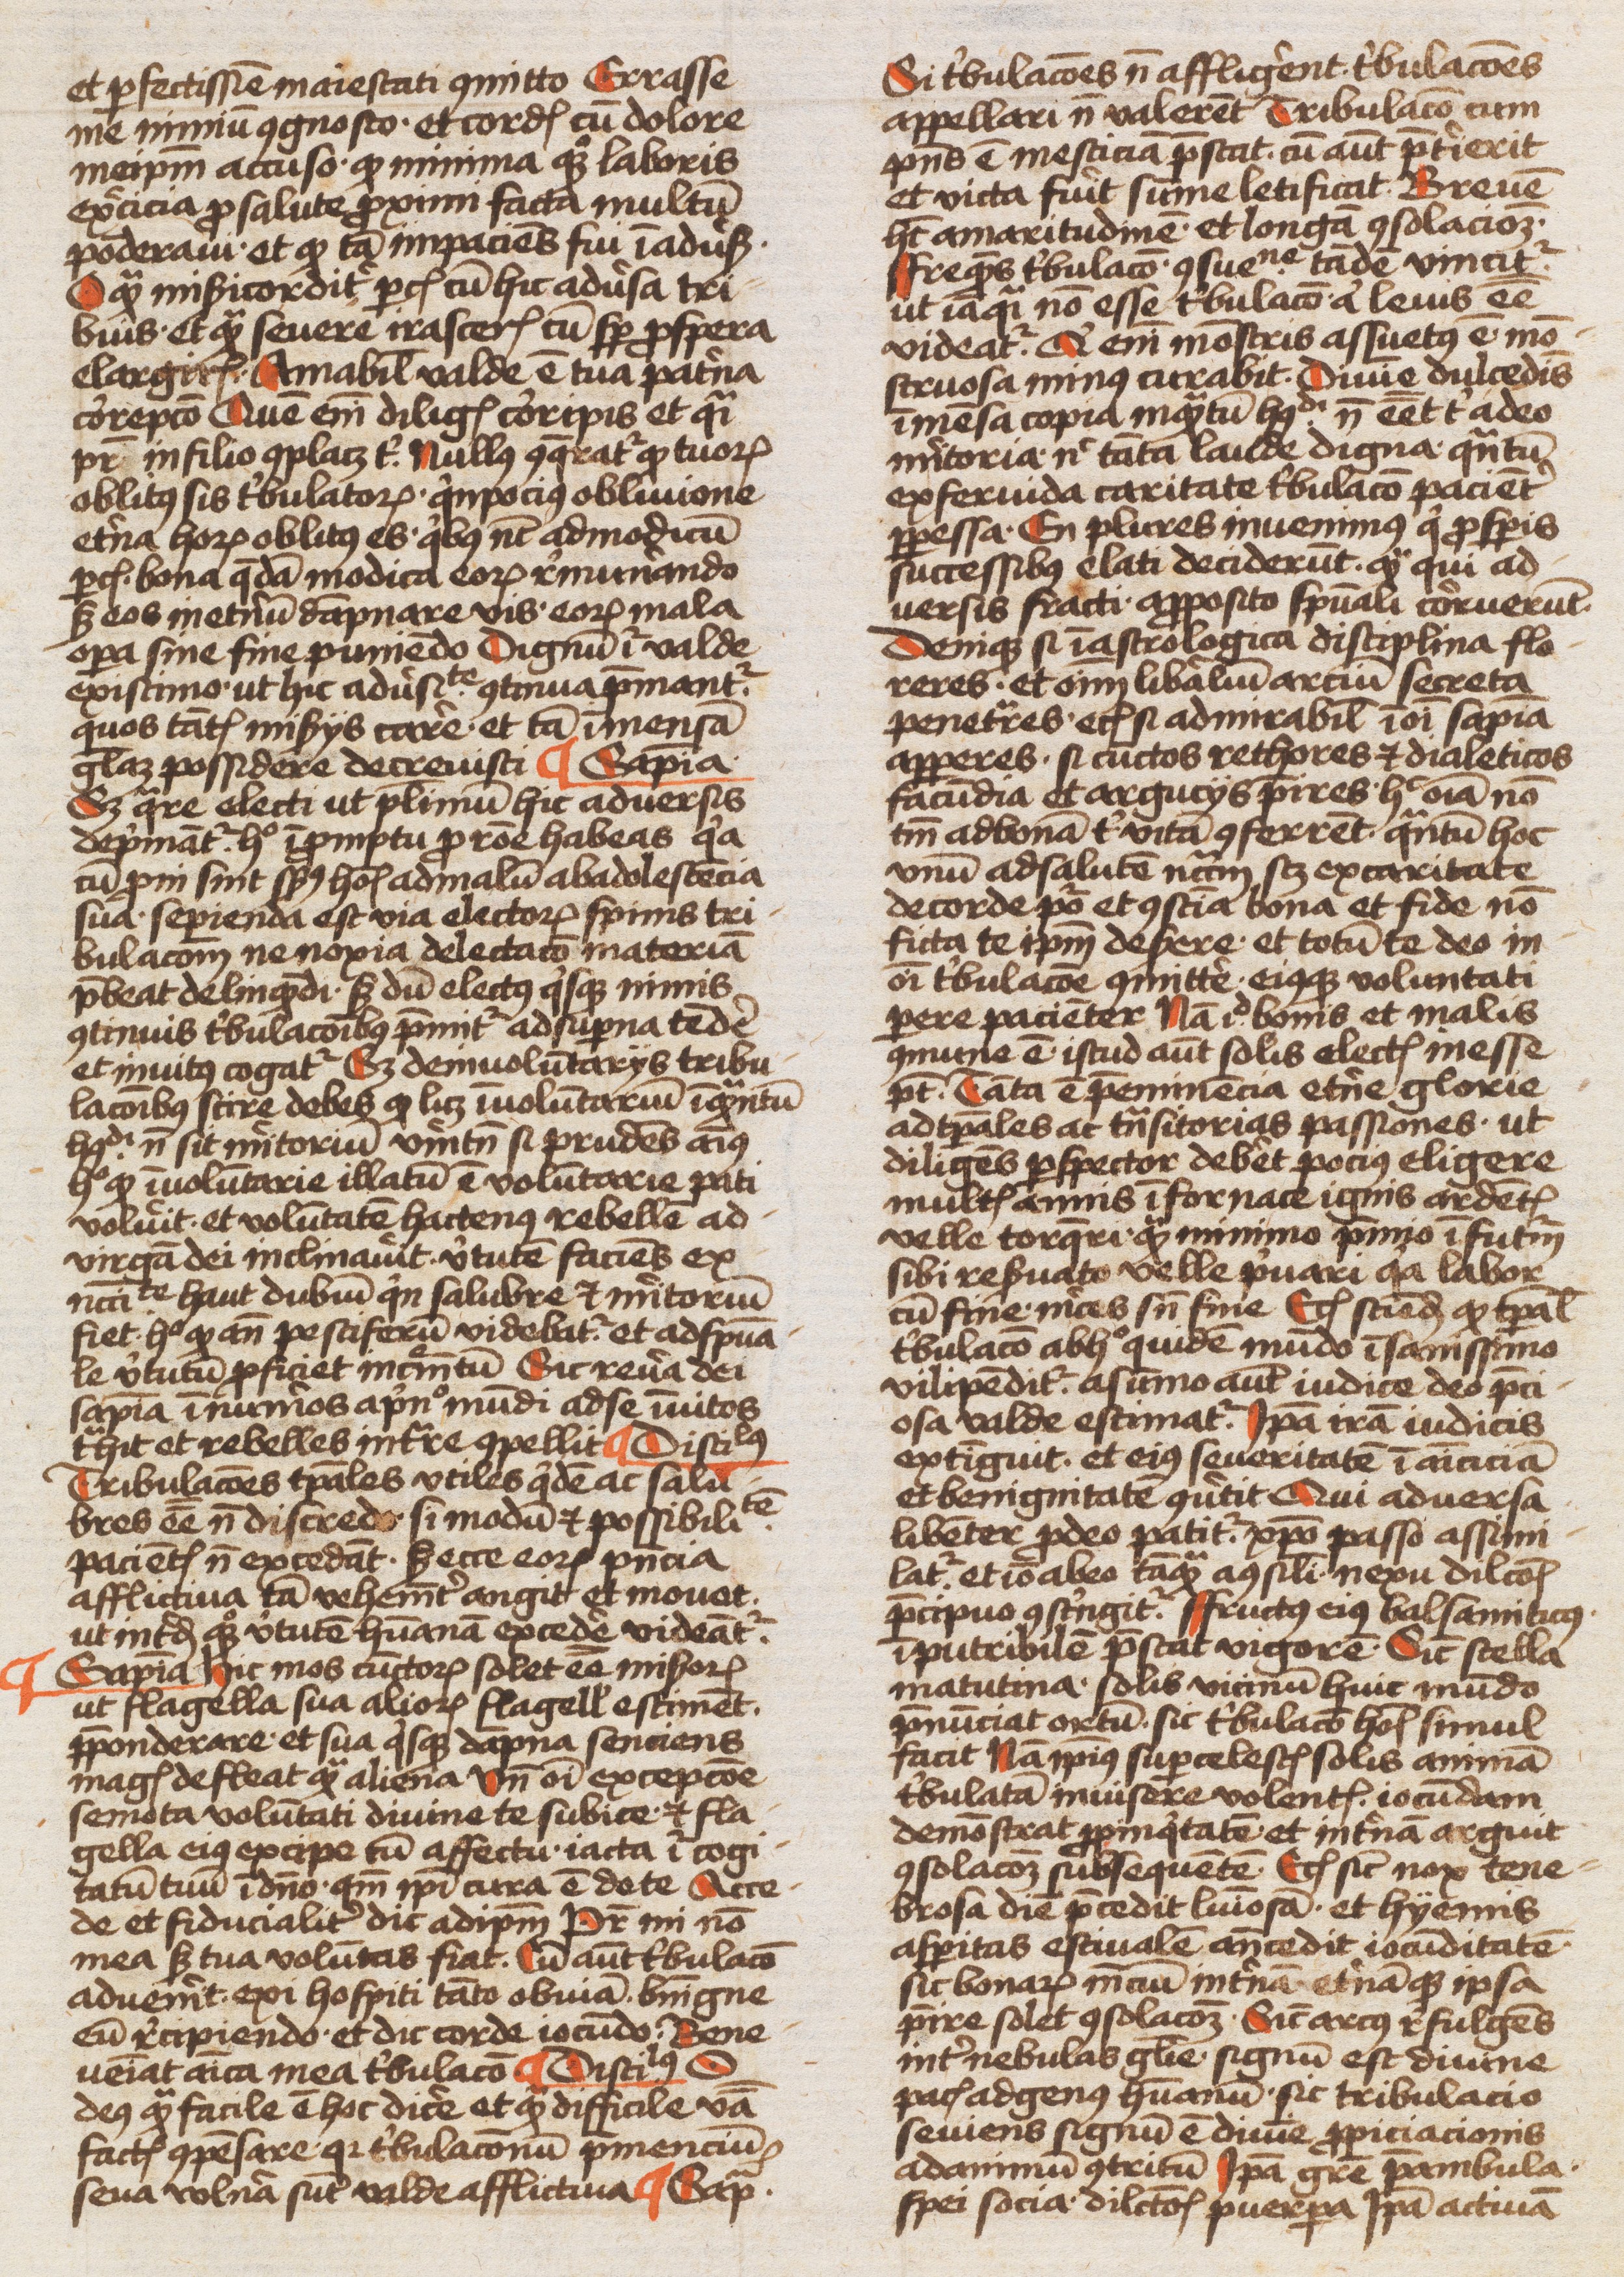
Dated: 1450–1499